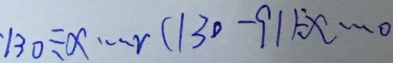
1 3 0 \div x \cdots r ( 1 3 0 - 9 1 ) \div x \cdots 0